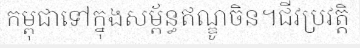
កម្ពុជាទៅក្នុងសម្ព័ន្ធឥណ្ឌូចិន។ជីវប្រវត្តិ